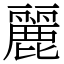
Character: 麗